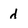
Character: d